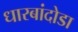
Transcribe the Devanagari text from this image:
धारबांदोडा